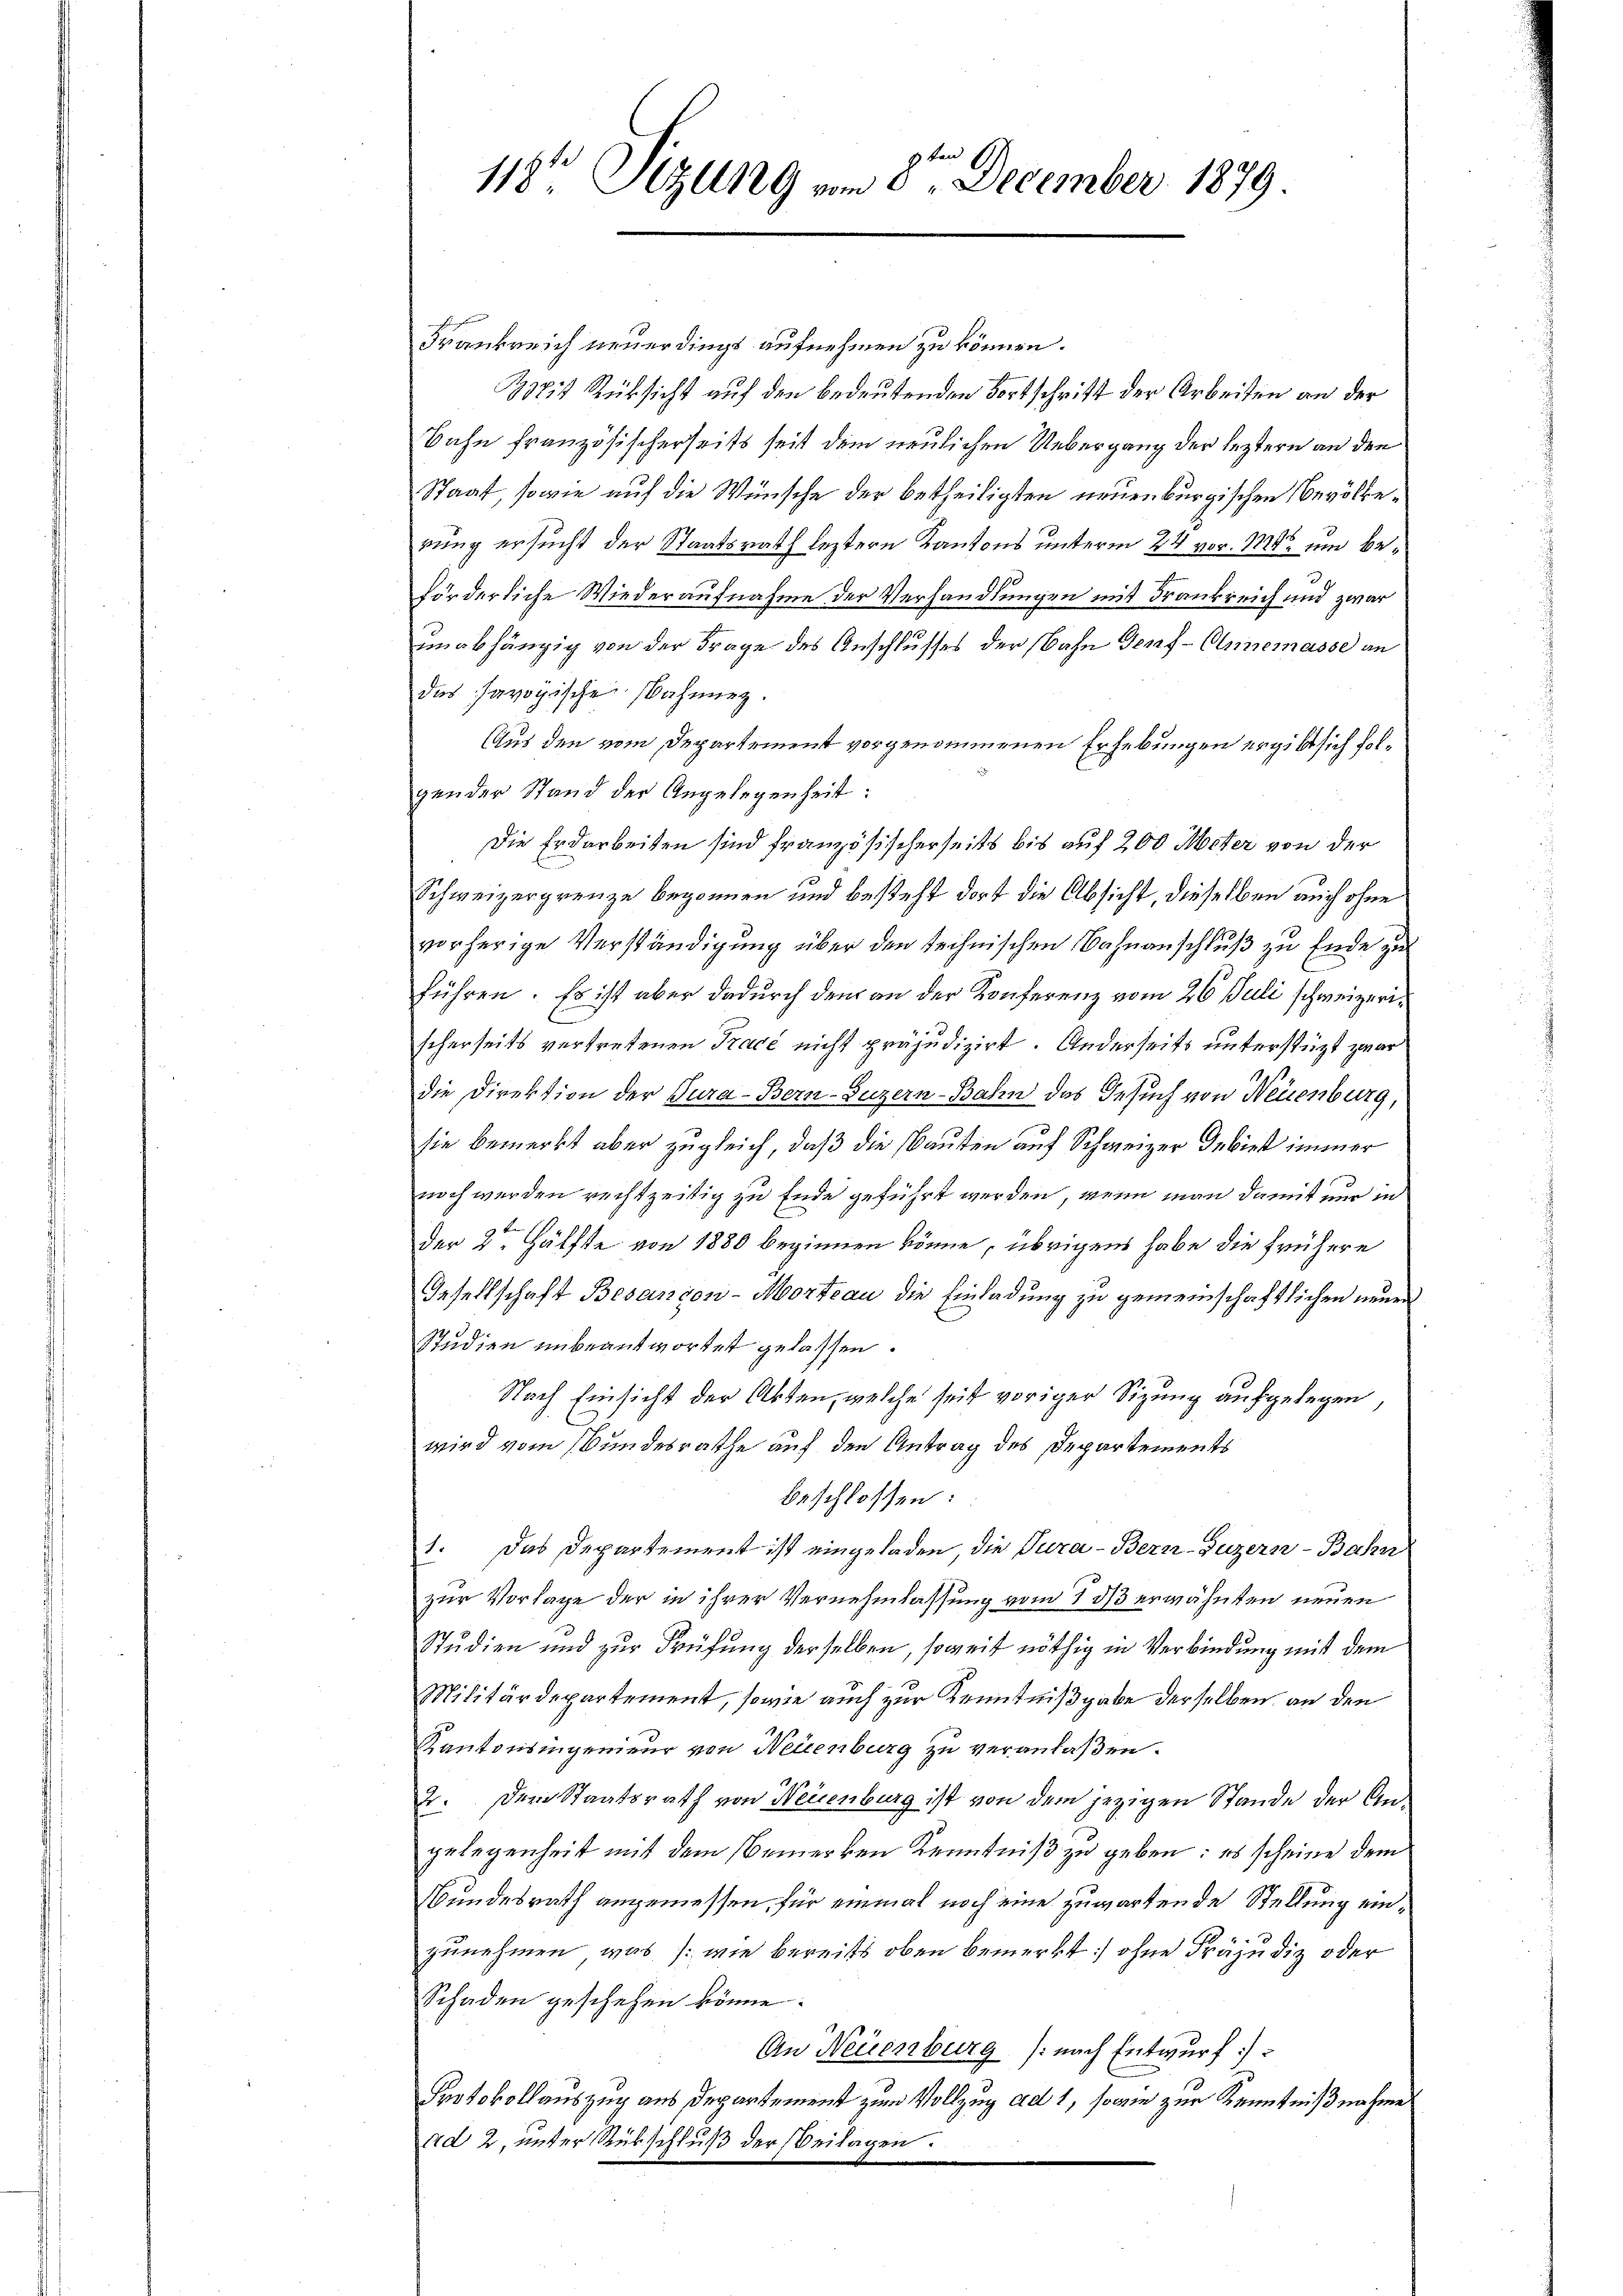
Frankreich neuerdings aufnehmen zu können.
3324 Rücksicht auf den bedeutenden Fortschritt der Arbeiten an der
Bahn französischerseits seit dem neulichen Uebergang der leztern an den
Staat, sowie auf die Wünsche der betheiligten neuenburgischen Bevölkerung ersucht der Staatsrath leztern Kantons unterm 24. vor. 1848 um beförderliche Wiederaufnahme der Verhandlungen mit Frankreich und zwar
unabhängig von der Frage des Anschlusses der Bahn Genf-Clnemasse an
das savoyische Mahnung.
Aus den vom Departement vorgenommenen Erhebungen ergibt sich folgender Stand der Angelegenheit:
Die Erdarbeiten sind französischerseits bis auf 200 Meter von der
Schweizergrenze begonnen und besteht dort die Absicht, dieselben auch ohne
vorherige Verständigung über den technischen Bahnanschluß zu Ende zu
führen. Es ist aber dadurch dem an der Konferenz vom 26. Juli schweizerischerseits vertretenen Tracé nicht präjudizirt. Anderseits unterstüzt zwar
die Direktion der Tura-Bern-Luzern-Bahn das Gesuch von Neuenburg,
sie bemerkt aber zugleich, daß die Bauten auf Schweizer Gebiet immer
noch werden rechtzeitig zu Ende geführt werden, wenn man damit nur in
der 2ten Hälfte von 1880 beginnen könne, übrigens habe die frühere
Gesellschaft Besançon-Morteau die Einladung zu gemeinschaftlichen neuen
Studien unbeantwortet gelassen.
Nach Einsicht der Akten, welche seit voriger Sizung aufgelegen,
wird vom Bundesrathe auf den Antrag des Departements
beschlossen:
1. Das Departement ist eingeladen, die Jura - Bern-Suzern-Bahn
zur Vorlage der in ihrer Vernehmlassung vom 1 dß erwähnten neuen
Studien und zur Prüfung derselben, soweit nöthig in Verbindung mit dem
Militärdepartement, sowie auch zur Kenntnißgabe derselben an den
Kantonsingenieur von Neuenburg zu veranlaßen.
E. Dem Staatsrath von Neuenburg ist von dem jezigen Stande der Angelegenheit mit dem Bemerken Kenntniß zu geben: es scheine dem
Bundesrath angemessen, für einmal noch eine zuwartende Stellung ein¬
2
zunehmen, was wie bereits oben bemerkt] ohne Präjudiz oder
Schaden geschehen könne.
An Neuenburg (nach Entwurf.
Protokollauszug aus Departement zum Vollzug ad 1, sowie zur Kenntnißnahme
ad 2, unter Rübschluß der Beilagen:

118t Sizung vom 8ten December 1879